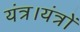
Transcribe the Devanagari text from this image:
यंत्र।यंत्रों